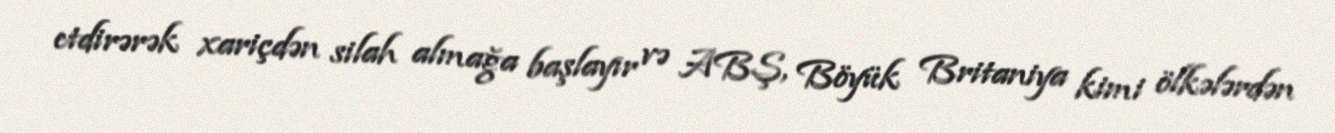
etdirərək xariçdən silah almağa başlayır və ABŞ, Böyük Britaniya kimi ölkələrdən